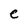
Character: e